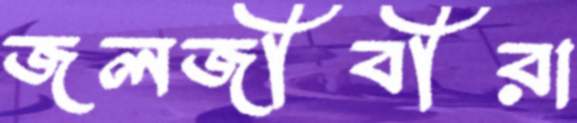
জলজীবীরা